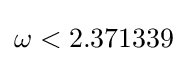
\omega <2.371339